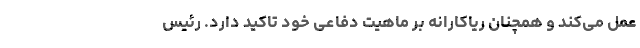
عمل می‌کند و همچنان ریاکارانه بر ماهیت دفاعی خود تاکید دارد. رئیس